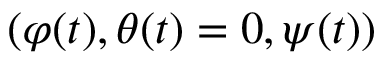
( \varphi ( t ) , \theta ( t ) = 0 , \psi ( t ) )